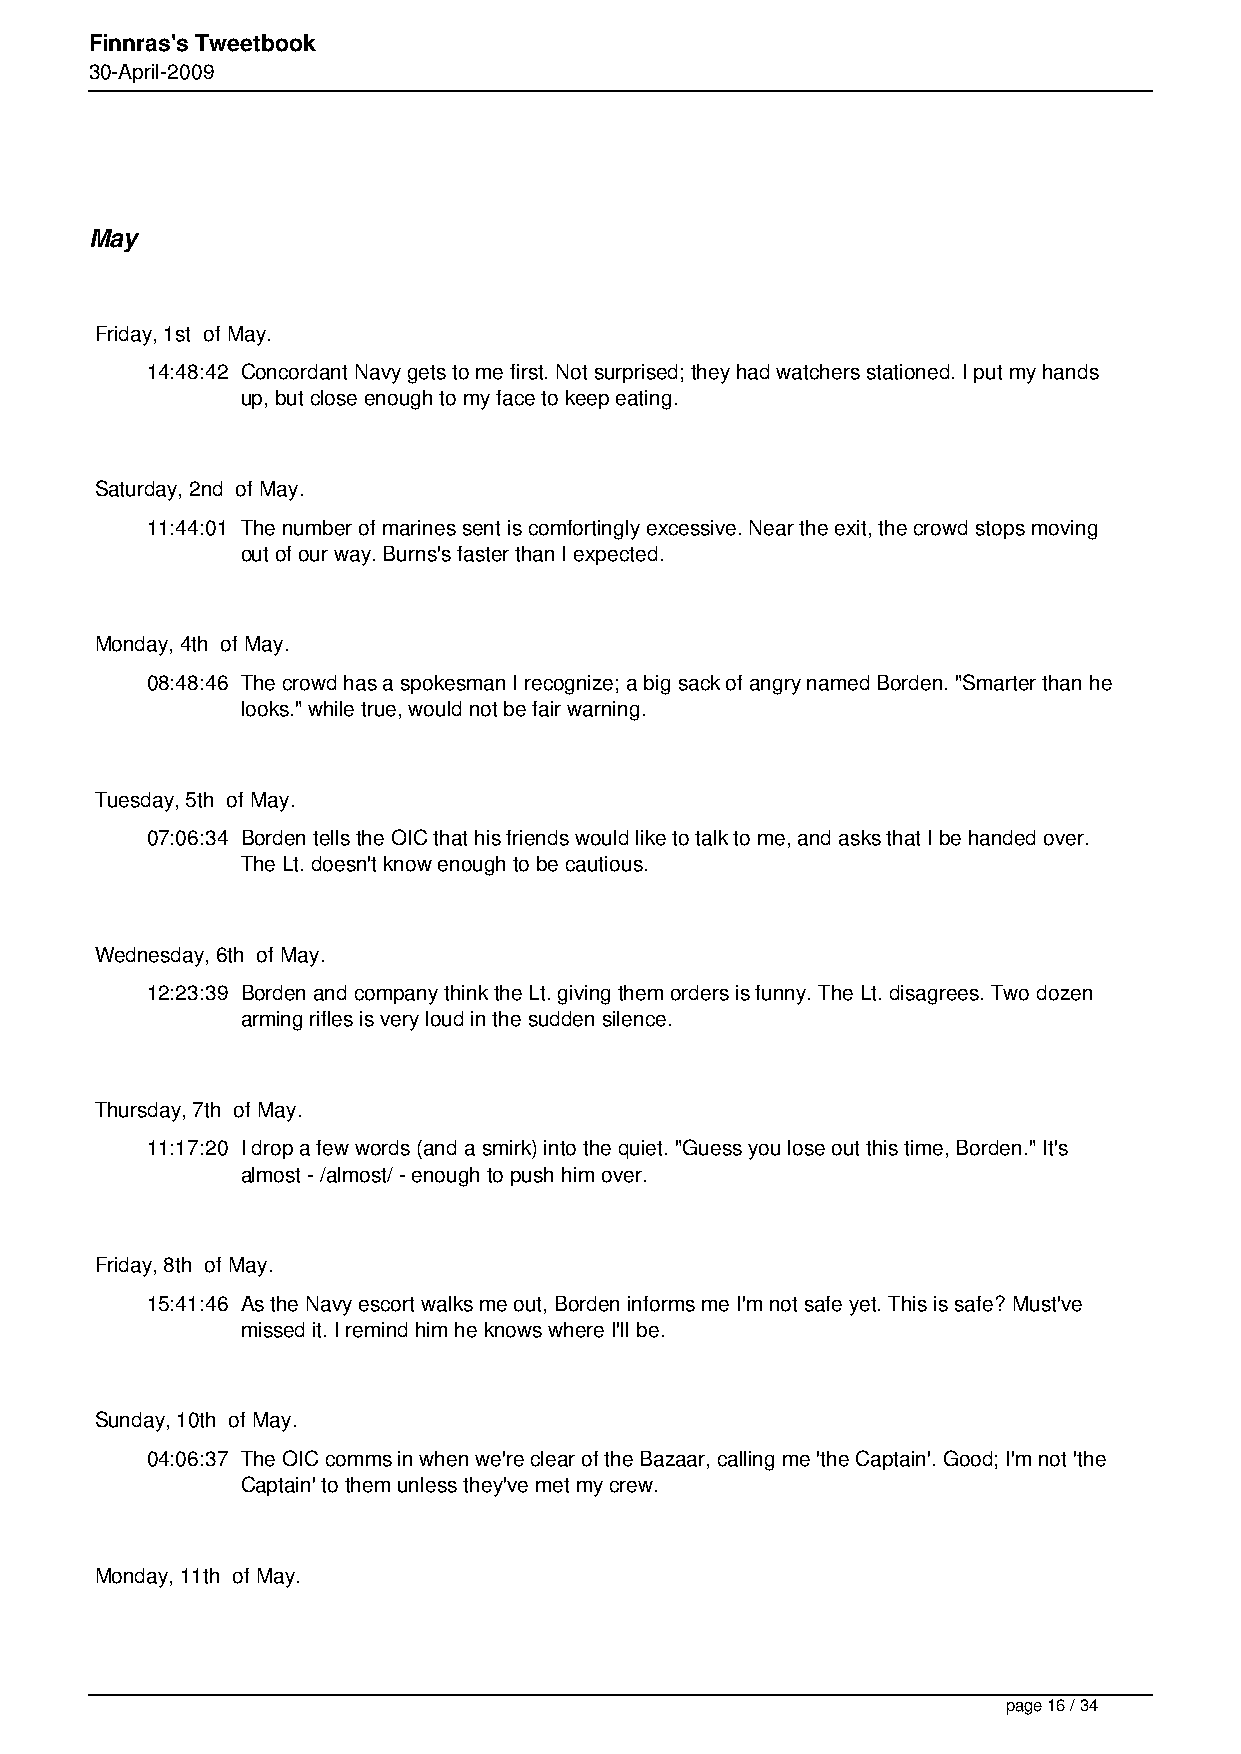
Finnras's Tweetbook
 30-April-2009
 May
 Friday, 1st of May.
 14:48:42 Concordant Navy gets to me first. Not surprised; they had watchers stationed. I put my hands
 up, but close enough to my face to keep eating.
 Saturday, 2nd of May.
 11:44:01 The number of marines sent is comfortingly excessive. Near the exit, the crowd stops moving
 out of our way. Burns's faster than I expected.
 Monday, 4th of May.
 08:48:46 The crowd has a spokesman I recognize; a big sack of angry named Borden. "Smarter than he
 looks." while true, would not be fair warning.
 Tuesday, 5th of May.
 07:06:34 Borden tells the OIC that his friends would like to talk to me, and asks that I be handed over.
 The Lt. doesn't know enough to be cautious.
 Wednesday, 6th of May.
 12:23:39 Borden and company think the Lt. giving them orders is funny. The Lt. disagrees. Two dozen
 arming rifles is very loud in the sudden silence.
 Thursday, 7th of May.
 11:17:20 I drop a few words (and a smirk) into the quiet. "Guess you lose out this time, Borden." It's
 almost - /almost/ - enough to push him over.
 Friday, 8th of May.
 15:41:46 As the Navy escort walks me out, Borden informs me I'm not safe yet. This is safe? Must've
 missed it. I remind him he knows where I'll be.
 Sunday, 10th of May.
 04:06:37 The OIC comms in when we're clear of the Bazaar, calling me 'the Captain'. Good; I'm not 'the
 Captain' to them unless they've met my crew.
 Monday, 11th of May.
 page 16 / 34